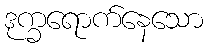
ဒုက္ခရောက်နေသော